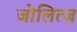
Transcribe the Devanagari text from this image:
जोलित्ज़